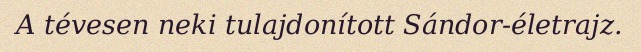
A tévesen neki tulajdonított Sándor-életrajz.